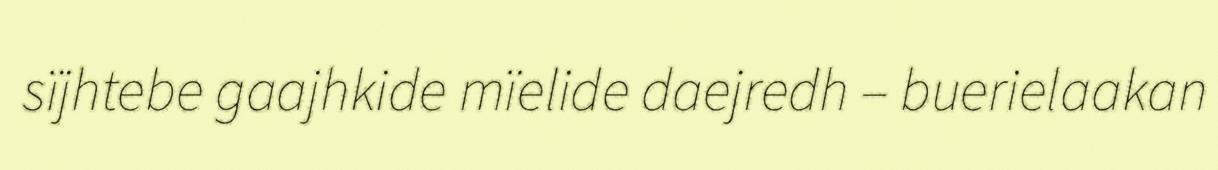
sïjhtebe gaajhkide mïelide daejredh – buerielaakan